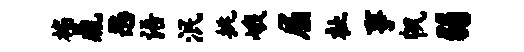
褊鼎恶语泯挑峨屈祉事帆弱